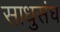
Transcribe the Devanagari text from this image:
साधुसंघ